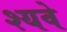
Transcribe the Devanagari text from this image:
श्यवे